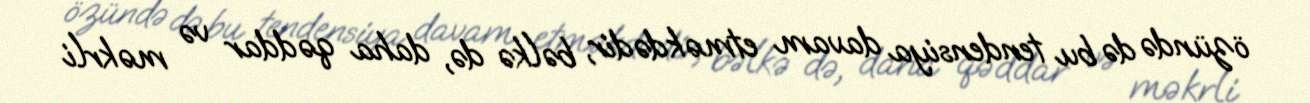
özündə də bu tendensiya davam etməkdədir, bəlkə də, daha qəddar və məkrli